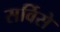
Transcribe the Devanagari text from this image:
सर्विसे